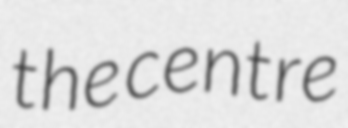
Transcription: the centre